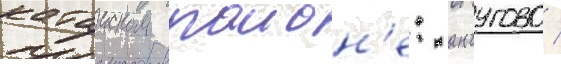
катаиском раион'е: анчугово /